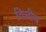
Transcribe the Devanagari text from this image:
वित्तीय